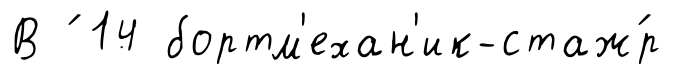
В ́ 14 бортм'ехан'ик-стаж́р